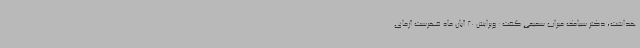
هداشت، دکتر سیامک میراب سمیعی گفت: ویرایش 20 آبان ماه فهرست آزمای